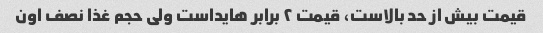
قیمت بیش از حد بالاست، قیمت ٢ برابر هایداست ولی حجم غذا نصف اون